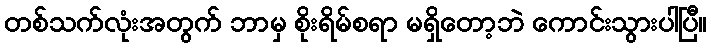
တစ်သက်လုံးအတွက် ဘာမှ စိုးရိမ်စရာ မရှိတော့ဘဲ ကောင်းသွားပါပြီ။